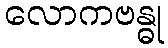
လောကဗန္ဓု